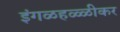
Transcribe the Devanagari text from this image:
इंगळहळ्ळीकर